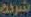
شركة